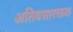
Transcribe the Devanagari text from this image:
अतिवसारक्तक